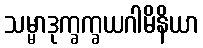
သမ္မာဒုက္ခက္ခယဂါမိနိယာ